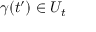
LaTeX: \gamma ( t ^ { \prime } ) \in U _ { t }